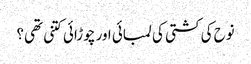
نوح کی کشتی کی لمبائی اور چوڑائی کتنی تھی؟